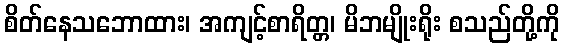
စိတ်နေသဘောထား၊ အကျင့်စာရိတ္တ၊ မိဘမျိုးရိုး စသည်တို့ကို